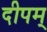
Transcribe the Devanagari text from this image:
दीपम्